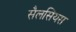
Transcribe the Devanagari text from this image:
सैलसियस